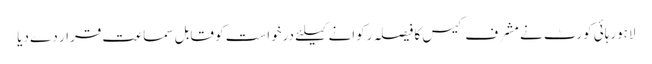
لاہورہائی کورٹ نے مشرف کیس کا فیصلہ رکوانے کیلئے درخواست کو قابل سماعت قرار دے دیا